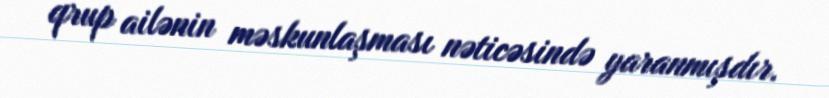
qrup ailənin məskunlaşması nəticəsində yaranmışdır.